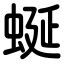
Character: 蜒